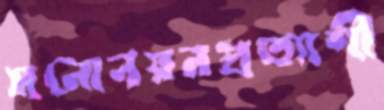
মনোনয়নপ্রত্যাশী